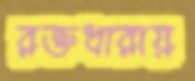
রক্তধারায়